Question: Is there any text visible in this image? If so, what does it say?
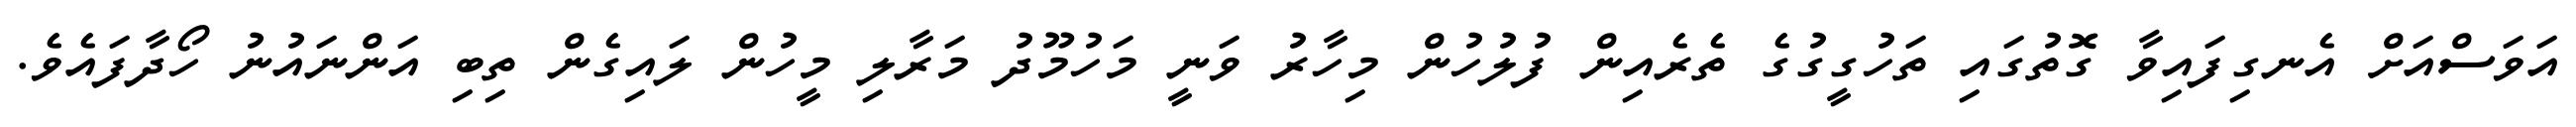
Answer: އަވަސްއަށް އެނގިފައިވާ ގޮތުގައި ތަހުގީގުގެ ތެރެއިން ފުލުހުން މިހާރު ވަނީ މަހުމޫދު މަރާލި މީހުން ލައިގެން ތިބި އަންނައުނު ހޯދާފައެވެ.